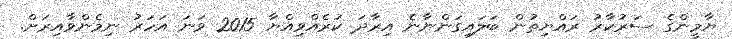
ޔާމީންގެ ސަރުކާރު ރައްޔިތުން ބަލައިގަންނާނެ އިރާދަ ކުރެއްވިއްޔާ 2015 ވަނަ އަހަރު ނިމެންވާއިރަށް.